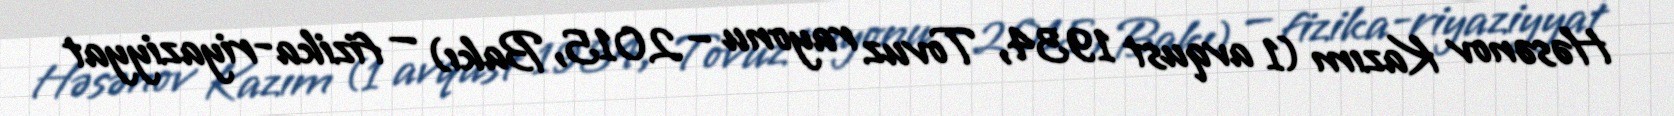
Həsənov Kazım (1 avqust 1934, Tovuz rayonu – 2015, Bakı) — fizika-riyaziyyat